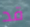
قد